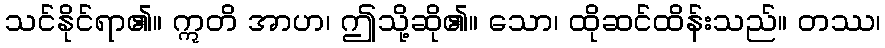
သင်နိုင်ရာ၏။ ဣတိ အာဟ၊ ဤသို့ဆို၏။ သော၊ ထိုဆင်ထိန်းသည်။ တဿ၊